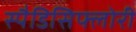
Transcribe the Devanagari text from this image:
स्पैडिसिफ्लोरी